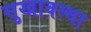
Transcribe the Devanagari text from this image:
सुखावस्था